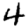
Digit: 4